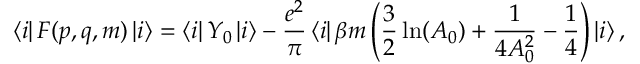
\left\langle i \right| F ( p , q , m ) \left| i \right\rangle = \left\langle i \right| Y _ { 0 } \left| i \right\rangle - \frac { e ^ { 2 } } { \pi } \left\langle i \right| \beta m \left( \frac 3 2 \ln ( A _ { 0 } ) + \frac 1 { 4 A _ { 0 } ^ { 2 } } - \frac 1 4 \right) \left| { i } \right\rangle ,